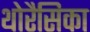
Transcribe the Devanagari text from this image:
थोरैसिका